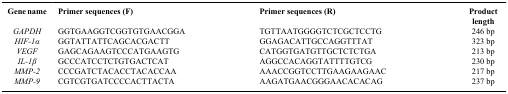
<table><thead><tr><td><b>Gene name</b></td><td><b>Primer sequences (F)</b></td><td><b>Primer sequences (R)</b></td><td><b>Product length</b></td></tr></thead><tbody><tr><td><i>GAPDH</i></td><td>GGTGAAGGTCGGTGTGAACGGA</td><td>TGTTAATGGGGTCTCGCTCCTG</td><td>246 bp</td></tr><tr><td><i>HIF-1α</i></td><td>GGTATTATTCAGCACGACTT</td><td>GGAGACATTGCCAGGTTTAT</td><td>323 bp</td></tr><tr><td><i>VEGF</i></td><td>GAGCAGAAGTCCCATGAAGTG</td><td>CATGGTGATGTTGCTCTCTGA</td><td>213 bp</td></tr><tr><td><i>IL-1β</i></td><td>GCCCATCCTCTGTGACTCAT</td><td>AGGCCACAGGTATTTTGTCG</td><td>230 bp</td></tr><tr><td><i>MMP-2</i></td><td>CCCGATCTACACCTACACCAA</td><td>AAACCGGTCCTTGAAGAAGAAC</td><td>217 bp</td></tr><tr><td><i>MMP-9</i></td><td>CGTCGTGATCCCCACTTACTA</td><td>AAGATGAACGGGAACACACAG</td><td>237 bp</td></tr></tbody></table>